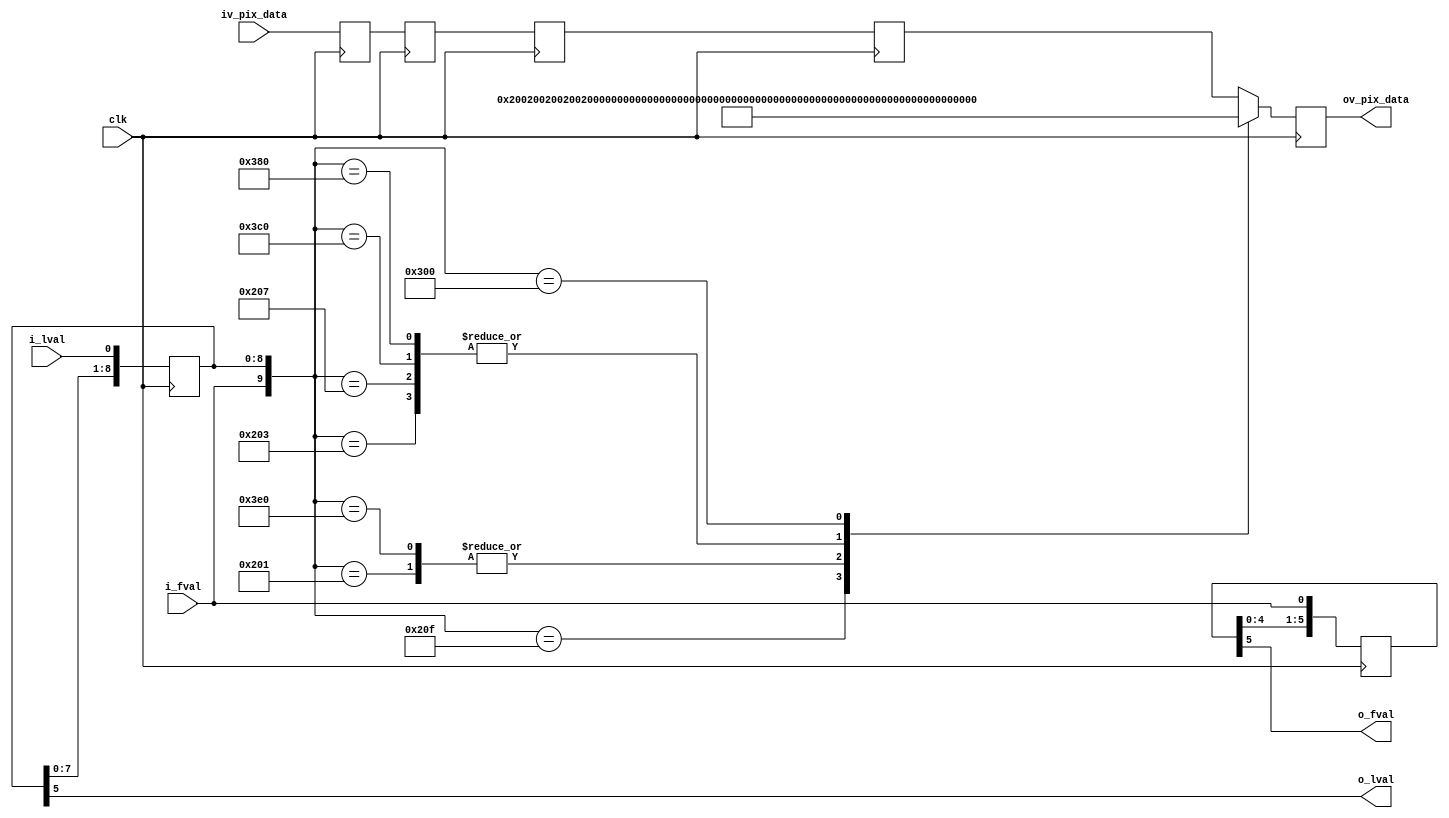
//-------------------------------------------------------------------------------------------------
//  --    : , 2010 -2015.
//  --      .
//  --          : FPGA
//  --        : format_sonyimx
//  --        : 
//-------------------------------------------------------------------------------------------------
//
//  --  :
//
//  --          :| 				:|  
//-------------------------------------------------------------------------------------------------
//  --        :| 2015/10/14 11:40:28	:|  
//-------------------------------------------------------------------------------------------------
//
//  --      :
//              1)  : ... ...
//
//              2)  : ... ...
//
//              3)  : ... ...
//
//-------------------------------------------------------------------------------------------------
///
`timescale 1ns/1ps
//-------------------------------------------------------------------------------------------------

module format_sonyimx # (
	parameter			DATA_WIDTH			= 10		,	//
	parameter			CHANNEL_NUM			= 8			//
	)
	(
	input											clk							,	//
	input											i_fval						,	//
	input											i_lval						,	//
	input		[DATA_WIDTH*CHANNEL_NUM-1:0]		iv_pix_data					,	//
	output											o_fval						,	//
	output											o_lval						,	//
	output	reg [DATA_WIDTH*CHANNEL_NUM-1:0]		ov_pix_data						//
	);


	//	ref signals

	localparam		SAV_1_V		= (DATA_WIDTH==10) ? 10'h3FF : 12'hFFF;
	localparam		SAV_2_V		= (DATA_WIDTH==10) ? 10'h000 : 12'h000;
	localparam		SAV_3_V		= (DATA_WIDTH==10) ? 10'h000 : 12'h000;
	localparam		SAV_4_V		= (DATA_WIDTH==10) ? 10'h200 : 12'h800;

	localparam		EAV_1_V		= (DATA_WIDTH==10) ? 10'h3FF : 12'hFFF;
	localparam		EAV_2_V		= (DATA_WIDTH==10) ? 10'h000 : 12'h000;
	localparam		EAV_3_V		= (DATA_WIDTH==10) ? 10'h000 : 12'h000;
	localparam		EAV_4_V		= (DATA_WIDTH==10) ? 10'h274 : 12'h9D0;

	localparam		SAV_1_IV	= (DATA_WIDTH==10) ? 10'h3FF : 12'hFFF;
	localparam		SAV_2_IV	= (DATA_WIDTH==10) ? 10'h000 : 12'h000;
	localparam		SAV_3_IV	= (DATA_WIDTH==10) ? 10'h000 : 12'h000;
	localparam		SAV_4_IV	= (DATA_WIDTH==10) ? 10'h2AC : 12'hAB0;

	localparam		EAV_1_IV	= (DATA_WIDTH==10) ? 10'h3FF : 12'hFFF;
	localparam		EAV_2_IV	= (DATA_WIDTH==10) ? 10'h000 : 12'h000;
	localparam		EAV_3_IV	= (DATA_WIDTH==10) ? 10'h000 : 12'h000;
	localparam		EAV_4_IV	= (DATA_WIDTH==10) ? 10'h2DB : 12'hD60;
//	localparam		SAV_1_V		= 10'h3FF;
//	localparam		SAV_2_V		= 10'h000;
//	localparam		SAV_3_V		= 10'h000;
//	localparam		SAV_4_V		= 10'h200;
//
//	localparam		EAV_1_V		= 10'h3FF;
//	localparam		EAV_2_V		= 10'h000;
//	localparam		EAV_3_V		= 10'h000;
//	localparam		EAV_4_V		= 10'h274;
//
//	localparam		SAV_1_IV	= 10'h3FF;
//	localparam		SAV_2_IV	= 10'h000;
//	localparam		SAV_3_IV	= 10'h000;
//	localparam		SAV_4_IV	= 10'h2AC;
//
//	localparam		EAV_1_IV	= 10'h3FF;
//	localparam		EAV_2_IV	= 10'h000;
//	localparam		EAV_3_IV	= 10'h000;
//	localparam		EAV_4_IV	= 10'h2DB;

	reg		[DATA_WIDTH*CHANNEL_NUM-1:0]		data_reg[3:0];
	reg		[8:0]								fval_shift;
	reg		[8:0]								lval_shift;


	//	ref ARCHITECTURE

	always @ (posedge clk) begin
		fval_shift	<=	{fval_shift[7:0],i_fval};
		lval_shift	<=	{lval_shift[7:0],i_lval};
	end

	always @ (posedge clk) begin
		data_reg[0]	<= iv_pix_data;
		data_reg[1]	<= data_reg[0];
		data_reg[2]	<= data_reg[1];
		data_reg[3]	<= data_reg[2];
	end

	always @ (posedge clk) begin
		case({i_fval,{lval_shift}})
			10'b1000000001	:		ov_pix_data	<= {{SAV_1_V},{SAV_1_V},{SAV_1_V},{SAV_1_V},{SAV_1_V},{SAV_1_V},{SAV_1_V},{SAV_1_V}};
			10'b1000000011	:		ov_pix_data	<= {{SAV_2_V},{SAV_2_V},{SAV_2_V},{SAV_2_V},{SAV_2_V},{SAV_2_V},{SAV_2_V},{SAV_2_V}};
			10'b1000000111	:		ov_pix_data	<= {{SAV_3_V},{SAV_3_V},{SAV_3_V},{SAV_3_V},{SAV_3_V},{SAV_3_V},{SAV_3_V},{SAV_3_V}};
			10'b1000001111	:		ov_pix_data	<= {{SAV_4_V},{SAV_4_V},{SAV_4_V},{SAV_4_V},{SAV_4_V},{SAV_4_V},{SAV_4_V},{SAV_4_V}};
			10'b1111100000	:		ov_pix_data	<= {{EAV_1_V},{EAV_1_V},{EAV_1_V},{EAV_1_V},{EAV_1_V},{EAV_1_V},{EAV_1_V},{EAV_1_V}};
			10'b1111000000	:		ov_pix_data	<= {{EAV_2_V},{EAV_2_V},{EAV_2_V},{EAV_2_V},{EAV_2_V},{EAV_2_V},{EAV_2_V},{EAV_2_V}};
			10'b1110000000	:		ov_pix_data	<= {{EAV_3_V},{EAV_3_V},{EAV_3_V},{EAV_3_V},{EAV_3_V},{EAV_3_V},{EAV_3_V},{EAV_3_V}};
			10'b1100000000	:		ov_pix_data	<= {{EAV_4_V},{EAV_4_V},{EAV_4_V},{EAV_4_V},{EAV_4_V},{EAV_4_V},{EAV_4_V},{EAV_4_V}};
			default			:		ov_pix_data	<= data_reg[3];
		endcase
	end



	assign	o_fval	= fval_shift[5];
	assign	o_lval	= lval_shift[5];


endmodule